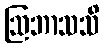
ဩဘာသသိ